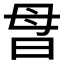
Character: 𰕽